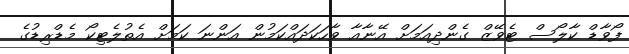
ފޯވާޑް ކާލޯސް ޓެވޭޒް ގެންދިއަމަށް އޭނާއާ ވާހަކަދައްކަމުން އަންނަ ކަމަށް އެތުލެޓިކޯ މެޑްރިޑުގެ